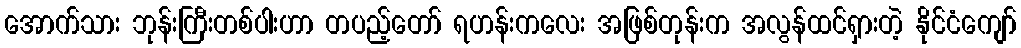
အောက်သား ဘုန်းကြီးတစ်ပါးဟာ တပည့်တော် ရဟန်းကလေး အဖြစ်တုန်းက အလွန်ထင်ရှားတဲ့ နိုင်ငံကျော်